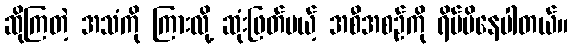
ဆိုကြတဲ့ အသံကို ကြားလို့ ဆုံးဖြတ်မယ့် အစီအစဉ်ကို ရိပ်မိနေပါတယ်။